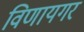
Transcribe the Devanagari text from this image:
विणायगर